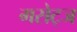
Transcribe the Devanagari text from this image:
गसेट्ज